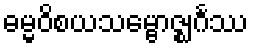
ဓမ္မဝိစယသမ္ဗောဇ္ဈင်္ဂဿ